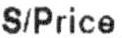
S/PRICE